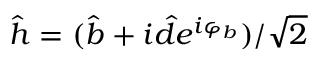
\hat { h } = ( \hat { b } + i \hat { d } e ^ { i \varphi _ { b } } ) / \sqrt { 2 }